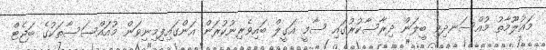
މައުލޫމާތު މުއްސަނދިވި ބީލަން ދިރާސާކުރުގައި ސާމީ އަގީލް ބައިވެރިނުކުރަން އަންގައިފިމިނިވަން މުއައްސަސާތަކުގެ ބަޖެޓް